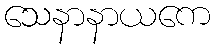
သေနာနာယကေ